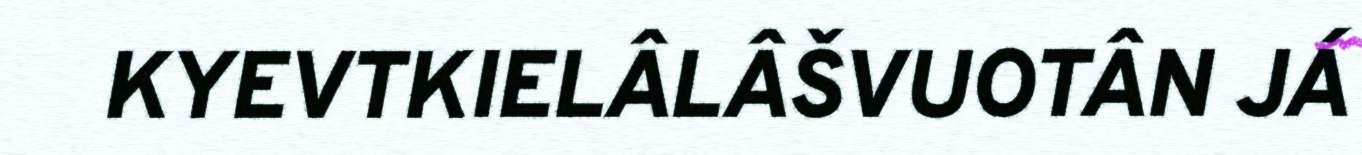
KYEVTKIELÂLÂŠVUOTÂN JÁ